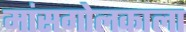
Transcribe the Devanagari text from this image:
मांसगोलकाला